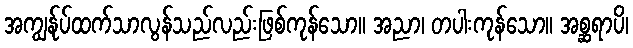
အကျွန်ုပ်ထက်သာလွန်သည်လည်းဖြစ်ကုန်သော။ အညာ၊ တပါးကုန်သော။ အစ္ဆရာပိ၊